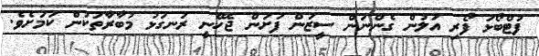
ފުޓްބޯޅަ ފޯރި އަލުން ގެންނަން ސީޒަން ފަށަން ޖެހޭނީ ރަނގަޅު މުބާރާތަކުން ކަމަށެވެ.